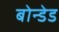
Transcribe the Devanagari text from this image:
बोन्‍डेड